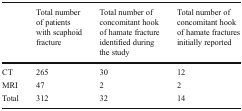
<table><thead><tr><td></td><td><b>Total number of patients with scaphoid fracture</b></td><td><b>Total number of concomitant hook of hamate fracture identified during the study</b></td><td><b>Total number of concomitant hook of hamate fractures initially reported</b></td></tr></thead><tbody><tr><td>CT</td><td>265</td><td>30</td><td>12</td></tr><tr><td>MRI</td><td>47</td><td>2</td><td>2</td></tr><tr><td>Total</td><td>312</td><td>32</td><td>14</td></tr></tbody></table>